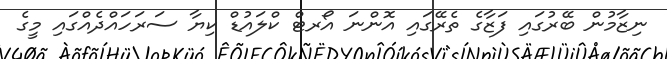
ނިޒާމުން ބޭރުގައި ފަޒާގެ ތެރޭގައި އޮންނަ އޯރޓް ކްލައުޑް ކިޔާ ސަރަހައްދެއްގައި މީގެ